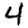
Digit: 4